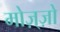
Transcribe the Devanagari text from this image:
मोज़्ज़ो